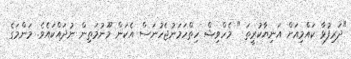
"ދަރިފުޅާ ކައްމިއަށް އަނިޔާކުރީތަ " މެހްވިޝް ހިތްހަމަނުޖެހުނަސް އެކަން މޫނުމަތިން ނުދައްކައެވެ. މަންމަގެ